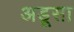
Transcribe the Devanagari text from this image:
अडूसा